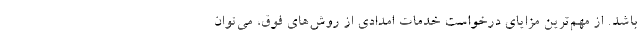
باشد. از مهم‌ترین مزایای درخواست خدمات امدادی از روش‌های فوق، می‌توان